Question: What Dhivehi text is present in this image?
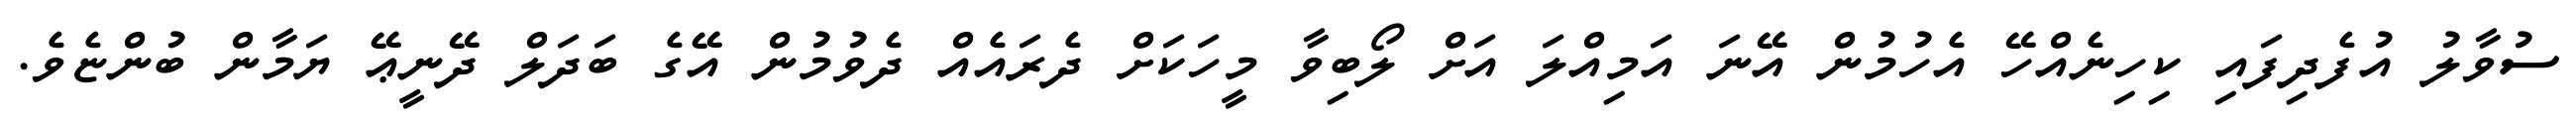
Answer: ސުވާލު އުފެދިފައި ކިހިނެއްހޭ އެހުމުން އޭނަ އަމިއްލަ އަށް ލޯބިވާ މީހަކަށް ދެރައެއް ދެވުމުން އޭގެ ބަދަލް ދޭނީޢޭ ޔަމާން ބުންޏެވެ.